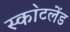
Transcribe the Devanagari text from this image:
स्का॓टलेंड